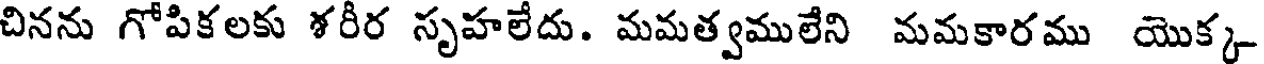
చినను గోపికలకు శరీర సృహలేదు. మమత్వములేని మమకారము యొక్క